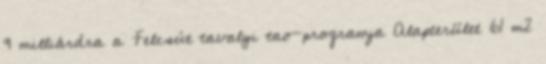
9 milliárdra a Felcsút tavalyi tao-programja Alapterület 61 m2